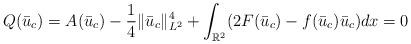
LaTeX: \begin{align*}Q(\bar{u}_{c})=A(\bar{u}_{c})-\frac{1}{4}\Vert \bar{u}_{c}\Vert_{L^{2}}^{4}+\int_{\mathbb{R}^{2}}(2F(\bar{u}_{c})-f(\bar{u}_{c})\bar{u}_{c})dx=0 \end{align*}